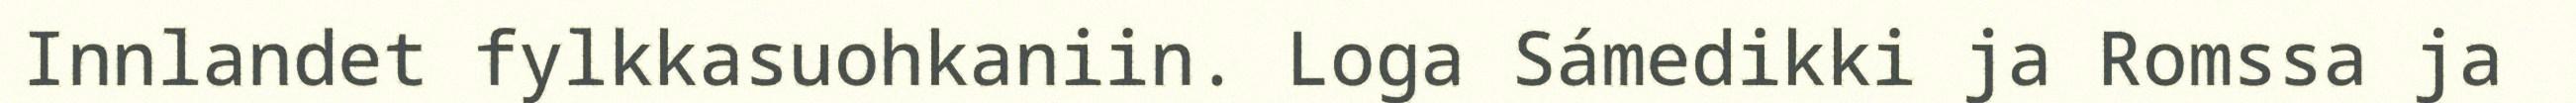
Innlandet fylkkasuohkaniin. Loga Sámedikki ja Romssa ja